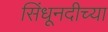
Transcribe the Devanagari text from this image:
सिंधूनदीच्या